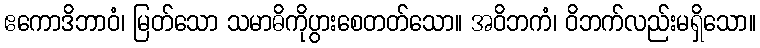
ဧကောဒိဘာဝံ၊ မြတ်သော သမာဓိကိုပွားစေတတ်သော။ အဝိဘကံ၊ ဝိဘက်လည်းမရှိသော။